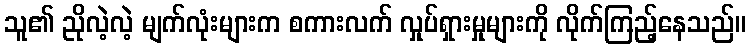
သူ၏ ညိုလဲ့လဲ့ မျက်လုံးများက စကားလက် လှုပ်ရှားမှုများကို လိုက်ကြည့်နေသည်။